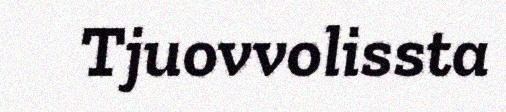
Tjuovvolissta